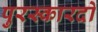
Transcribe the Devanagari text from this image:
पुरस्कारदो